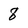
Character: 8